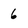
Character: 6